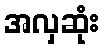
အလှဆုံး